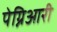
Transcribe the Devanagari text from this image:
पेग्निआरी